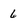
Character: 6